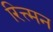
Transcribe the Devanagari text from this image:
रित्त्मन